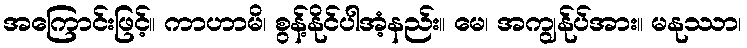
အကြောင်းဖြင့်။ ကာဟာမိ၊ စွန့်နိုင်ပါအံ့နည်း။ မေ၊ အကျွန်ုပ်အား။ မနုဿာ၊